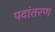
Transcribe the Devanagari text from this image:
पदांतरण